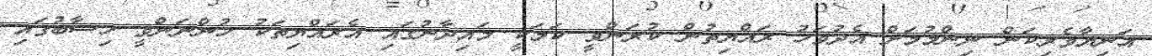
އަނިޔާވެރިކަން ނިންމުމަށް އެދުވަހު ރައްޔިތުން ކުރަންވީ ކަމަކީ މައިދާނުގައި އެރައްޔިތަކު ހުންނަންވީ ހިސާބުގައި